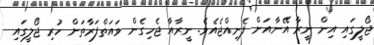
ޖޯލީގައި އިން ނީރާ އޭނާއަށް ފެނިއްޖެއެވެ. ނީރާއާ ޖެހިގެން ވައަތްފަރާތަށް ހުރި ޖޯލީގައި